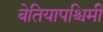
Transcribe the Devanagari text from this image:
बेतियापश्चिमी